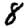
Digit: 8